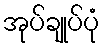
အုပ်ချုပ်ပုံ